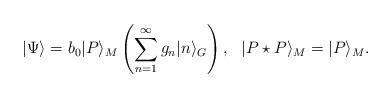
LaTeX: \begin{align*}|\Psi\rangle=b_0|P\rangle_M\left(\sum_{n=1}^\infty g_n |n \rangle_G\right),\ \ |P\star P\rangle_M=|P\rangle_M.\end{align*}